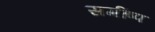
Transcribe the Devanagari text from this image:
सगींष्प